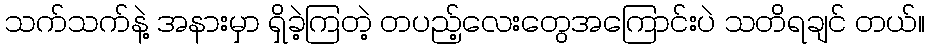
သက်သက်နဲ့ အနားမှာ ရှိခဲ့ကြတဲ့ တပည့်လေးတွေအကြောင်းပဲ သတိရချင် တယ်။